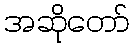
အဆိုတော်